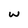
Character: w